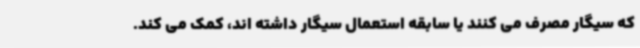
که سیگار مصرف می کنند یا سابقه استعمال سیگار داشته اند، کمک می کند.